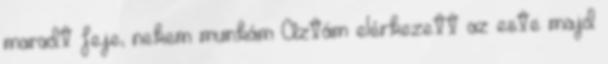
maradt feje, nekem munkám Aztám elérkezett az este majd